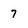
Character: 7